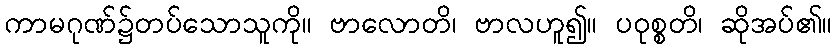
ကာမဂုဏ်၌တပ်သောသူကို။ ဗာလောတိ၊ ဗာလဟူ၍။ ပဝုစ္စတိ၊ ဆိုအပ်၏။